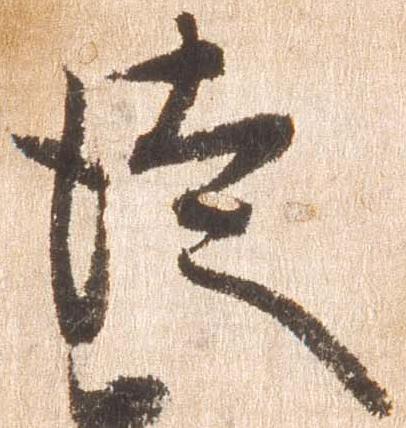
徒